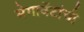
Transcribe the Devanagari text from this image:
मेगावॅटांची